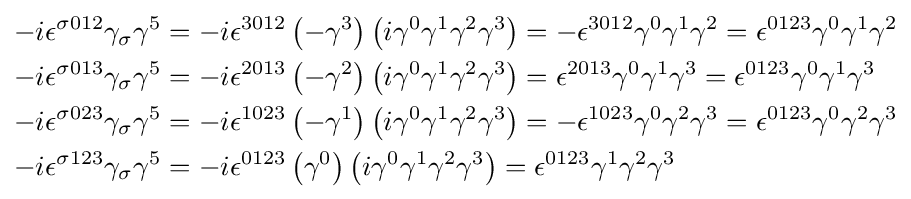
{\begin{aligned}-i\epsilon ^{\sigma 012}\gamma _{\sigma }\gamma ^{5}&=-i\epsilon ^{3012}\left(-\gamma ^{3}\right)\left(i\gamma ^{0}\gamma ^{1}\gamma ^{2}\gamma ^{3}\right)=-\epsilon ^{3012}\gamma ^{0}\gamma ^{1}\gamma ^{2}=\epsilon ^{0123}\gamma ^{0}\gamma ^{1}\gamma ^{2}\\-i\epsilon ^{\sigma 013}\gamma _{\sigma }\gamma ^{5}&=-i\epsilon ^{2013}\left(-\gamma ^{2}\right)\left(i\gamma ^{0}\gamma ^{1}\gamma ^{2}\gamma ^{3}\right)=\epsilon ^{2013}\gamma ^{0}\gamma ^{1}\gamma ^{3}=\epsilon ^{0123}\gamma ^{0}\gamma ^{1}\gamma ^{3}\\-i\epsilon ^{\sigma 023}\gamma _{\sigma }\gamma ^{5}&=-i\epsilon ^{1023}\left(-\gamma ^{1}\right)\left(i\gamma ^{0}\gamma ^{1}\gamma ^{2}\gamma ^{3}\right)=-\epsilon ^{1023}\gamma ^{0}\gamma ^{2}\gamma ^{3}=\epsilon ^{0123}\gamma ^{0}\gamma ^{2}\gamma ^{3}\\-i\epsilon ^{\sigma 123}\gamma _{\sigma }\gamma ^{5}&=-i\epsilon ^{0123}\left(\gamma ^{0}\right)\left(i\gamma ^{0}\gamma ^{1}\gamma ^{2}\gamma ^{3}\right)=\epsilon ^{0123}\gamma ^{1}\gamma ^{2}\gamma ^{3}\end{aligned}}